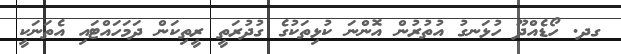
ގދ. ހޯޑެއްދޫ ހުޅަނގު އުތުރުން އޮންނަ ކުޅިތަކުގެ ގުދުރަތީ ރީތިކަން ދަމަހައްޓައި އެތަނަކީ